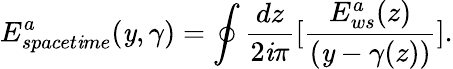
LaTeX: E_{spacet\mathit{i}me}^{a}(\mathit{y},\gamma)=\oint{\frac{{dz}}{{2\mathit{i}\pi}}}\lbrack{\frac{{E_{ws}^{a}(z)}}{{(\mathit{y}-\gamma(z))}}}\rbrack.